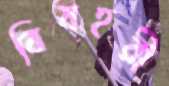
বিষহরী